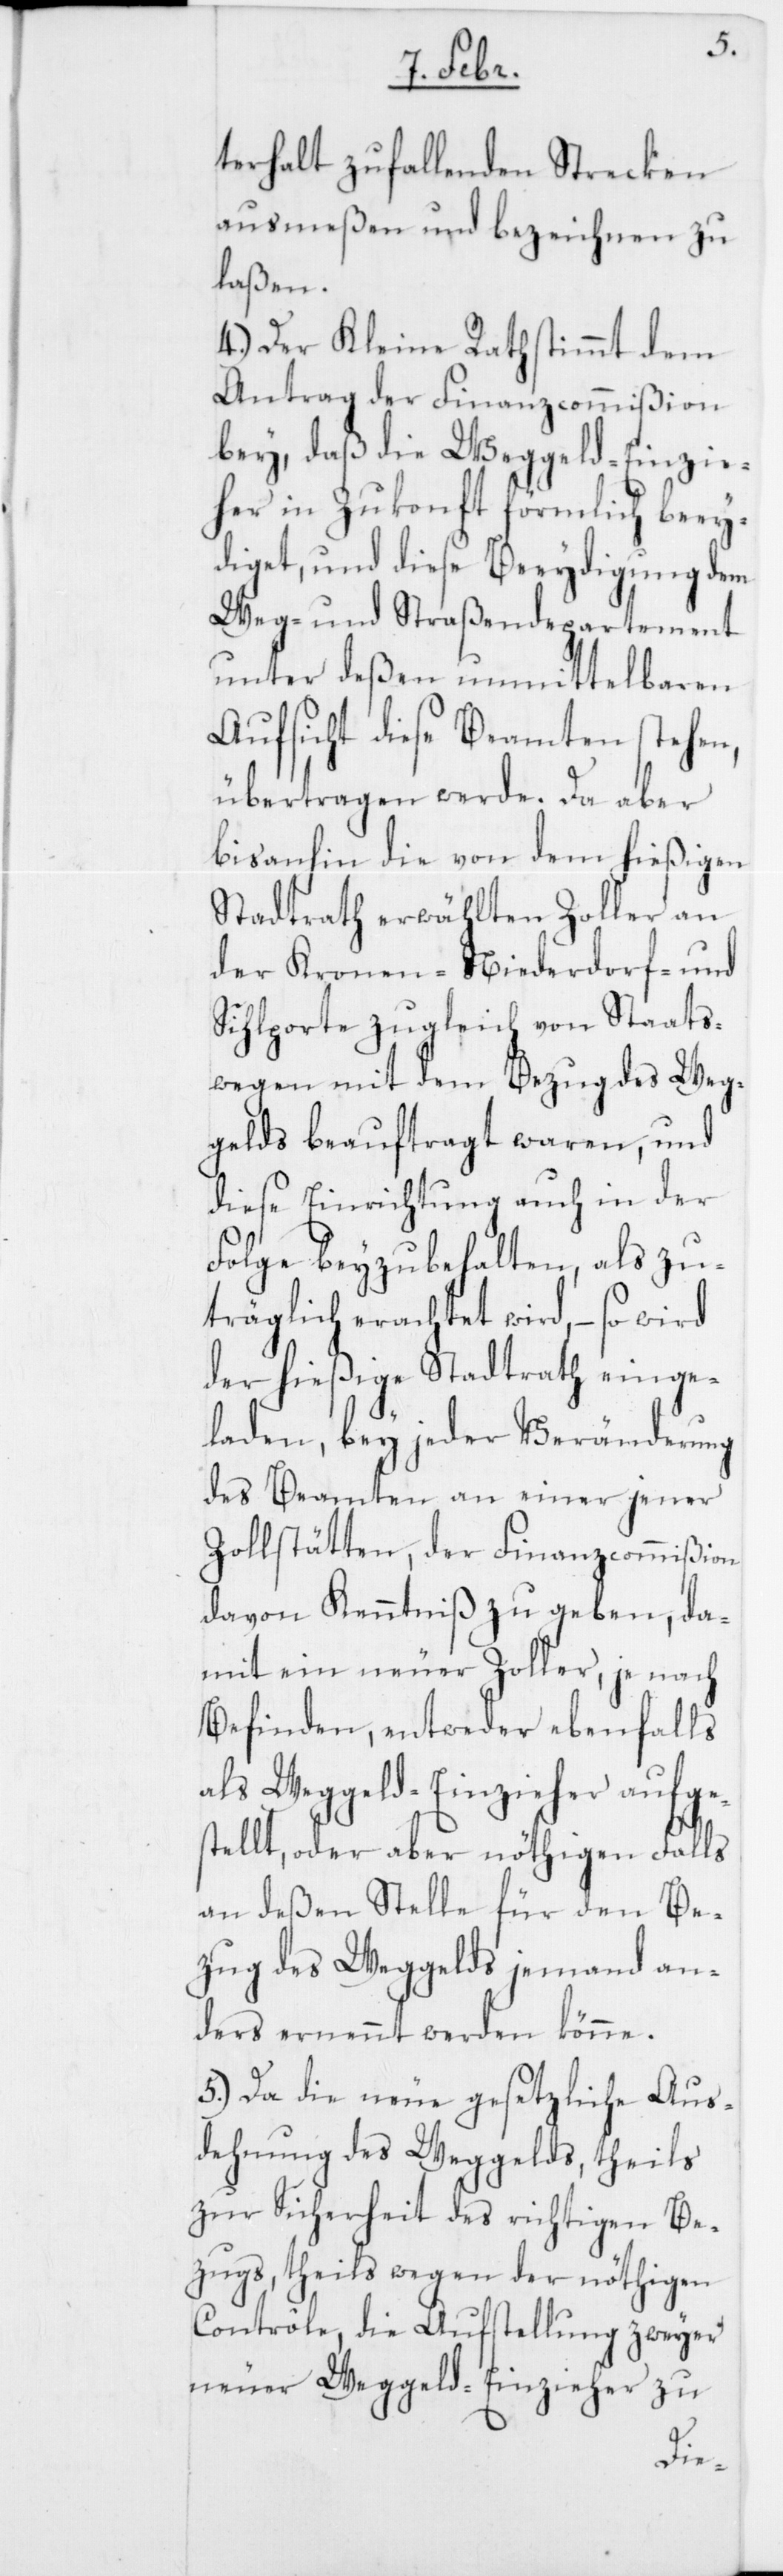
terhalt zufallenden Strecken
ausmeßen und bezeichnen zu
laßen.
4.) Der Kleine Rath stimmt dem
Antrag der Finanzcommißion
bey, daß die Weggeld-Einzie¬
her in Zukonft förmlich beey¬
diget, und diese Beeydigung dem
Weg- und Straßendepartement
unter deßen unmittelbaren
Aufsicht diese Beamten stehen,
übertragen werde. Da aber
bis anhin die von dem hießigen
Stadtrath erwählten Zoller an
der Kronen-[,] Niederdorf- und
Sihlporte zugleich von Staats¬
wegen mit dem Bezug des Weg¬
gelds beauftragt waren, und
diese Einrichtung auch in der
Folge beyzubehalten, als zu¬
träglich erachtet wird, – so wird
der hießige Stadtrath einge¬
laden, bey jeder Veränderung
des Beamten an einer jener
Zollstätten, der Finanzcommißion
davon Kenntniß zu geben, da¬
mit ein neuer Zoller, je nach
Befinden, entweder ebenfalls
als Weggeld-Einzieher aufges¬
tellt, oder aber nöthigen Falls
an deßen Stelle für den Be¬
zug des Weggelds jemand an¬
ders ernennt werden könne.
5.) Da die neue gesetzliche Aus¬
dehung des Weggelds, theils
zur Sicherheit des richtigen Be¬
zugs, theils wegen der nöthigen
Contrôle, die Aufstellung zweyer
neuer Weggeld-Einzieher zu